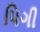
પિગી